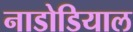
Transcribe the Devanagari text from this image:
नाडोडियाल